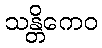
သန္တိကေဝ